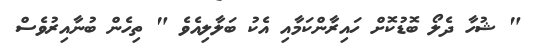
" ޝުހާ ދެލޯ ބޮޑުކޮށް ހައިރާންކަމާއި އެކު ބަލާލިއެވެ " ތިހެން ބުނާއިރުވެސް